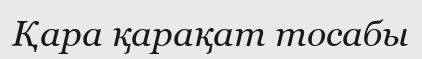
Қара қарақат тосабы